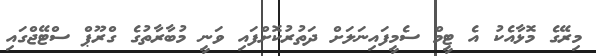
މިރޭގެ މޮޅާއެކު އެ ޓީމް ސެމީފައިނަލަށް ދަތުރުކޮށްފައި ވަނީ މުބާރާތުގެ ގްރޫޕް ސްޓޭޖްގައި